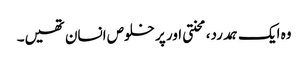
وہ ایک ہمدرد، محنتی اور پر خلوص انسان تھیں۔